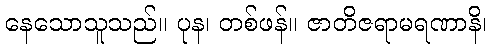
နေသောသူသည်။ ပုန၊ တစ်ဖန်။ ဇာတိဇရာမရဏာနိ၊